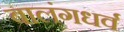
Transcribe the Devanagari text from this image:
बालंगधर्व